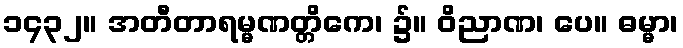
၁၄၃၂။ အတီတာရမ္မဏတ္တိကေ၊ ၌။ ဝိညာဏ၊ ပေ။ ဓမ္မာ၊